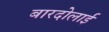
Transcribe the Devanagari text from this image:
बारदोलाई